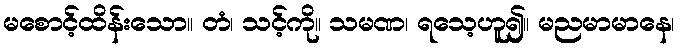
မစောင့်ထိန်းသော။ တံ၊ သင့်ကို။ သမဏ၊ ရသေ့ဟူ၍။ မညမာမာနေ၊